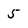
Character: 5